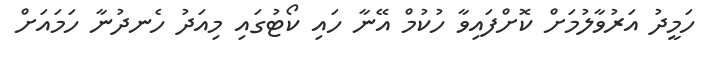
ހަމީދު އަރުވާލުމަށް ކޮށްފައިވާ ހުކުމް އޭނާ ހައި ކޯޓުގައި މިއަދު ހެނދުނާ ހަމައަށް